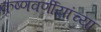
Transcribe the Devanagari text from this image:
कृष्णवर्णीयांच्या